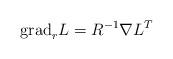
LaTeX: \begin{align*}\mathrm{grad}_r L = R^{-1}\nabla L^T \end{align*}